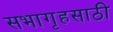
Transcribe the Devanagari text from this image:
सभागृहसाठी